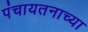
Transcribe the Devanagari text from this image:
पंचायतनाच्या